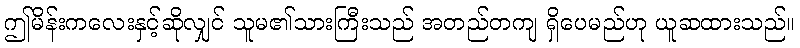
ဤမိန်းကလေးနှင့်ဆိုလျှင် သူမ၏သားကြီးသည် အတည်တကျ ရှိပေမည်ဟု ယူဆထားသည်။